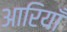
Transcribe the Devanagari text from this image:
आरियाँ